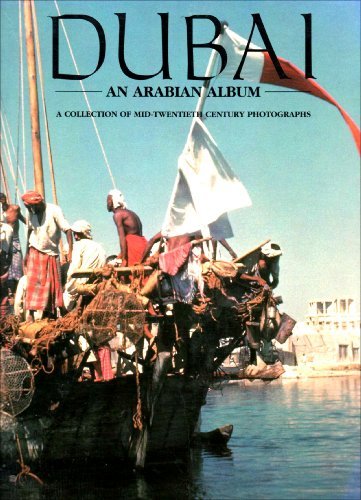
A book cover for Dubai: A Collection of Mid-Twentieth Century Photographs (Arabian Album); Ronald Codrai; History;